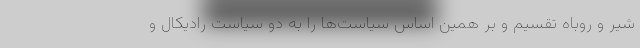
شیر و روباه تقسیم و بر همین اساس سیاست‌ها را به دو سیاست رادیکال و